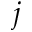
j